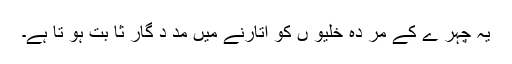
یہ چہر ے کے مر دہ خلیو ں کو اتارنے میں مد د گار ثا بت ہو تا ہے۔